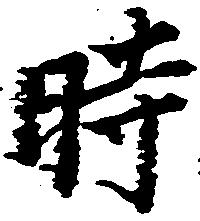
時